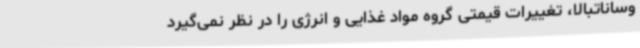
وساناتبالا، تغییرات قیمتی گروه مواد غذایی و انرژی را در نظر نمی‌گیرد